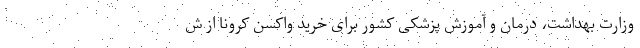
وزارت بهداشت، درمان و آموزش پزشکی کشور برای خرید واکسن کرونا از ش